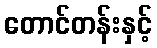
တောင်တန်းနှင့်